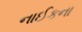
નાઈકના